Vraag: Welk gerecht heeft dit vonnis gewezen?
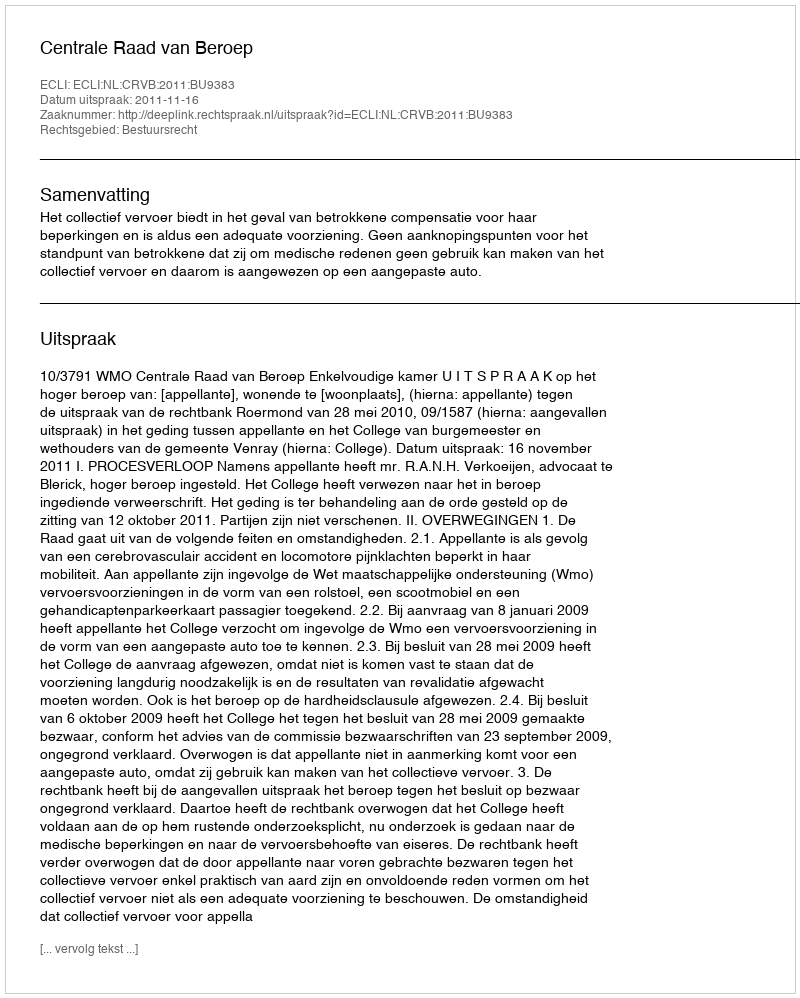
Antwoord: Centrale Raad van Beroep